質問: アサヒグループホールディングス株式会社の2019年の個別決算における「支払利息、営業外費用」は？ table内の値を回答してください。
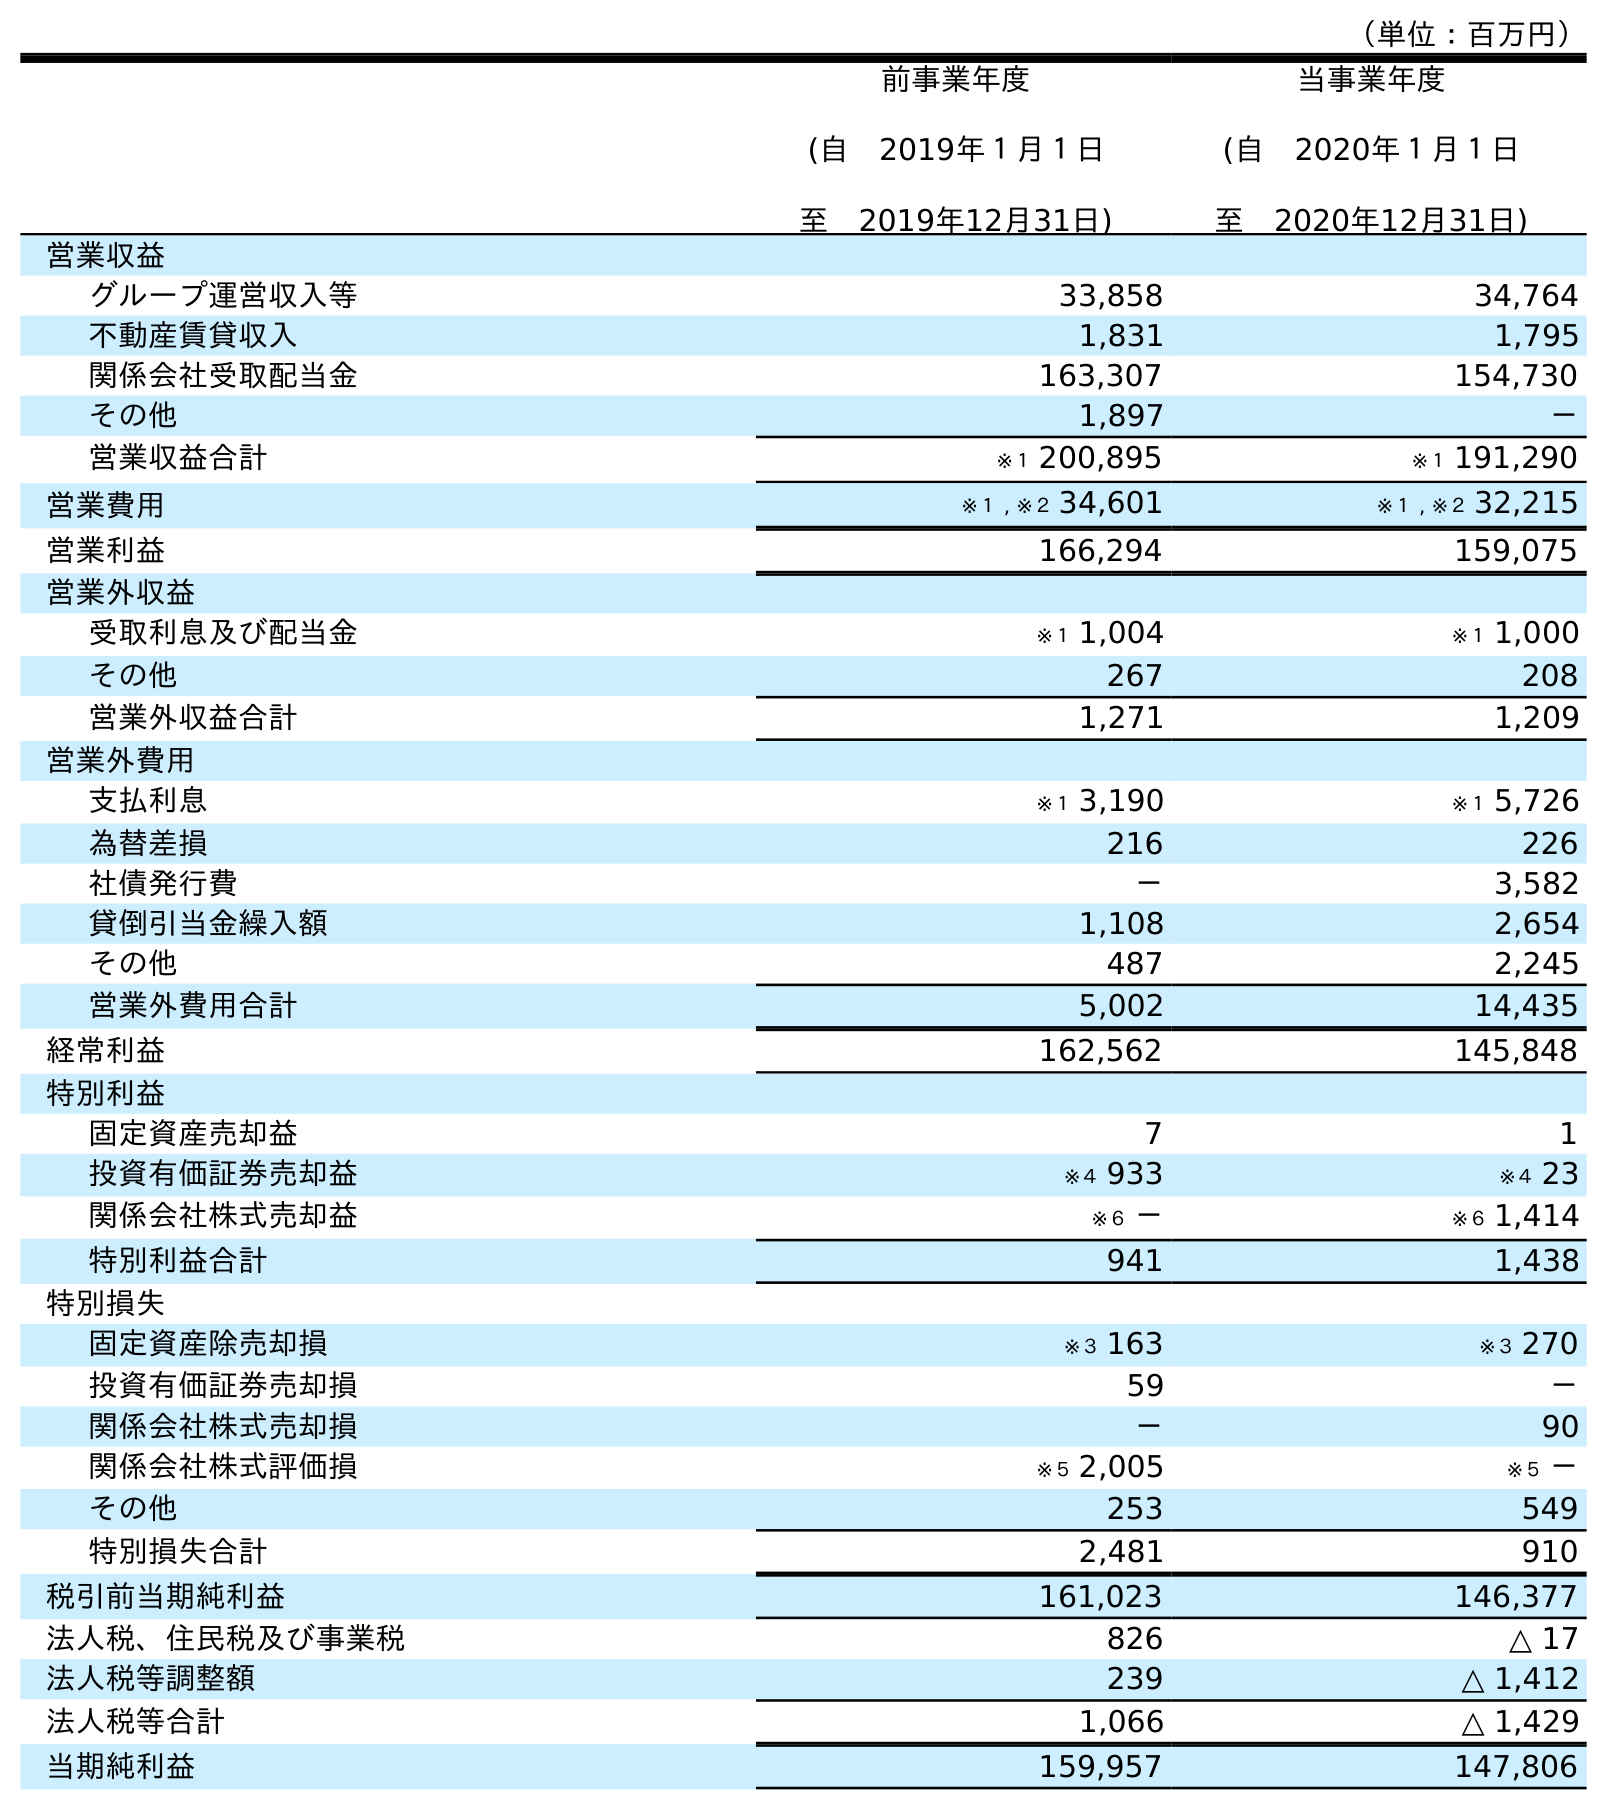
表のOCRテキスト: （単位：百万円） 前事業年度 (自 2019年１月１日 至 2019年12月31日) 当事業年度 (自 2020年１月１日 至 2020年12月31日) 営業収益 グループ運営収入等 33,858 34,764 不動産賃貸収入 1,831 1,795 関係会社受取配当金 163,307 154,730 その他 1,897 － 営業収益合計 ※１ 200,895 ※１ 191,290 営業費用 ※１ , ※２ 34,601 ※１ , ※２ 32,215 営業利益 166,294 159,075 営業外収益 受取利息及び配当金 ※１ 1,004 ※１ 1,000 その他 267 208 営業外収益合計 1,271 1,209 営業外費用 支払利息 ※１ 3,190 ※１ 5,726 為替差損 216 226 社債発行費 － 3,582 貸倒引当金繰入額 1,108 2,654 その他 487 2,245 営業外費用合計 5,002 14,435 経常利益 162,562 145,848 特別利益 固定資産売却益 7 1 投資有価証券売却益 ※４ 933 ※４ 23 関係会社株式売却益 ※６ － ※６ 1,414 特別利益合計 941 1,438 特別損失 固定資産除売却損 ※３ 163 ※３ 270 投資有価証券売却損 59 － 関係会社株式売却損 － 90 関係会社株式評価損 ※５ 2,005 ※５ － その他 253 549 特別損失合計 2,481 910 税引前当期純利益 161,023 146,377 法人税、住民税及び事業税 826 △ 17 法人税等調整額 239 △ 1,412 法人税等合計 1,066 △ 1,429 当期純利益 159,957 147,806
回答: ※１3,190